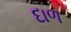
દાળ